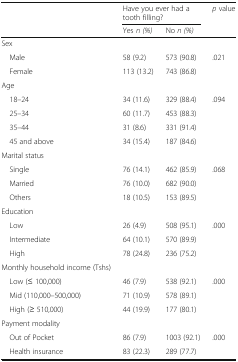
| <ROWSPAN=2>  | <COLSPAN=2> Have you ever had a tooth filling? | <ROWSPAN=2> p value |
 | Yes n (%) | No n (%) |
 | --- | --- | --- | --- |
 | <COLSPAN=4> Sex |
 | Male | 58 (9.2) | 573 (90.8) | <ROWSPAN=2> .021 |
 | Female | 113 (13.2) | 743 (86.8) |
 | Age |  |  |  |
 | 18–24 | 34 (11.6) | 329 (88.4) | <ROWSPAN=4> .094 |
 | 25–34 | 60 (11.7) | 453 (88.3) |
 | 35–44 | 31 (8.6) | 331 (91.4) |
 | 45 and above | 34 (15.4) | 187 (84.6) |
 | <COLSPAN=4> Marital status |
 | Single | 76 (14.1) | 462 (85.9) | <ROWSPAN=3> .068 |
 | Married | 76 (10.0) | 682 (90.0) |
 | Others | 18 (10.5) | 153 (89.5) |
 | Education |  |  |  |
 | Low | 26 (4.9) | 508 (95.1) | <ROWSPAN=3> .000 |
 | Intermediate | 64 (10.1) | 570 (89.9) |
 | High | 78 (24.8) | 236 (75.2) |
 | Monthly household income (Tshs) |  |  |  |
 | Low (≤ 100,000) | 46 (7.9) | 538 (92.1) | <ROWSPAN=3> .000 |
 | Mid (110,000–500,000) | 71 (10.9) | 578 (89.1) |
 | High (≥ 510,000) | 44 (19.9) | 177 (80.1) |
 | Payment modality |  |  |  |
 | Out of Pocket | 86 (7.9) | 1003 (92.1) | <ROWSPAN=2> .000 |
 | Health insurance | 83 (22.3) | 289 (77.7) |